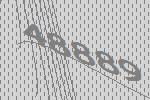
48889